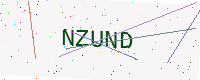
Text: NZUND